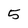
Character: 5